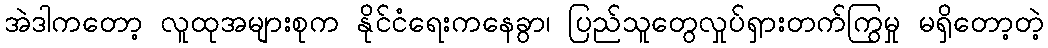
အဲဒါကတော့ လူထုအများစုက နိုင်ငံရေးကနေခွာ၊ ပြည်သူတွေလှုပ်ရှားတက်ကြွမှု မရှိတော့တဲ့